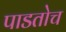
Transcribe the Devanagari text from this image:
पाडतोच